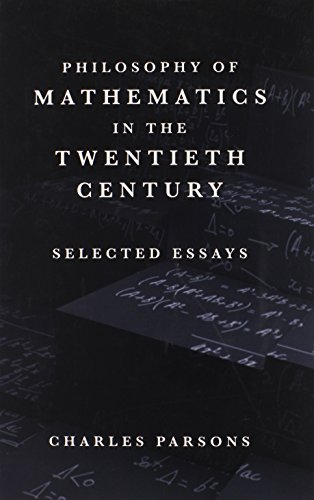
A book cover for Philosophy of Mathematics in the Twentieth Century: Selected Essays; Charles Parsons; Politics & Social Sciences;